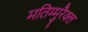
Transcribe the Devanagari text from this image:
मतिम्मुरैक्ल